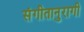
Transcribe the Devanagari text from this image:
संगीतानुरागी